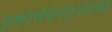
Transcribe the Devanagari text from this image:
इकोसेपेनटेनोएक